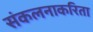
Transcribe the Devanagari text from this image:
संकलनाकरिता